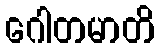
ဂေါတမာတိ